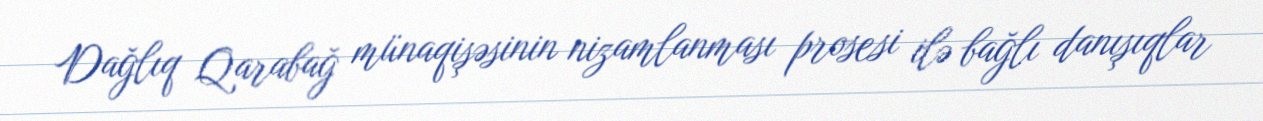
Dağlıq Qarabağ münaqişəsinin nizamlanması prosesi ilə bağlı danışıqlar